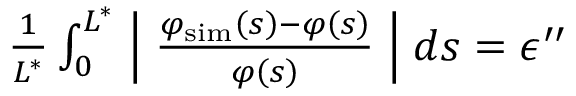
\begin{array} { r } { \frac { 1 } { L ^ { * } } \int _ { 0 } ^ { L ^ { * } } \Bigm \lvert \frac { \varphi _ { \mathrm { s i m } } \left( s \right) - \varphi \left( s \right) } { \varphi \left( s \right) } \Bigm \rvert d s = \epsilon ^ { \prime \prime } } \end{array}